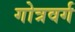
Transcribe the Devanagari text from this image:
गोत्रवर्ग